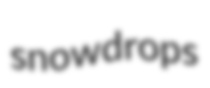
snowdrops